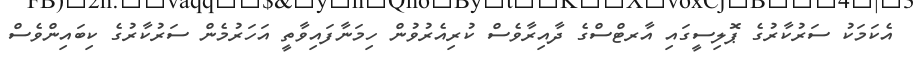
އެކަމަކު ސަރުކާރުގެ ޕޮލިސީގައި އާރޓްސްގެ ދާއިރާވެސް ކުރިއެރުވުން ހިމަނާފައިވާތީ އަހަރުމެން ސަރުކާރުގެ ކިބައިންވެސް